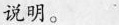
说明。